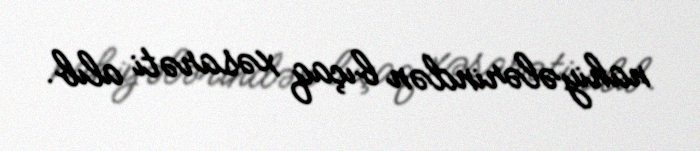
nahiyələrindən bıçaq xəsarəti alıb.